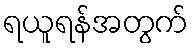
ရယူရန်အတွက်